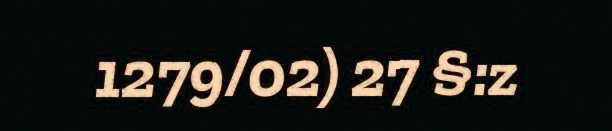
1279/02) 27 §:z